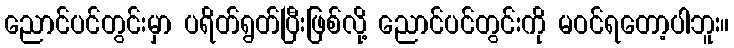
ညောင်ပင်တွင်းမှာ ပရိတ်ရွတ်ပြီးဖြစ်လို့ ညောင်ပင်တွင်းကို မဝင်ရတော့ပါဘူး။